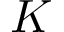
K